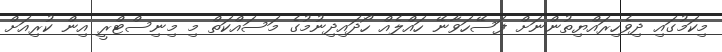
މިކަމުގައި ދިވެހިރައްޔިތުންނަށް ފަސޭހަވާނޭ ހައްލެއް ހޯދައިދިނުމުގެ މަސައްކަތް މި މިނިސްޓްރީ އިން ކުރިއަށް